Revision of Machinery of Youth Service Scheme, 1942
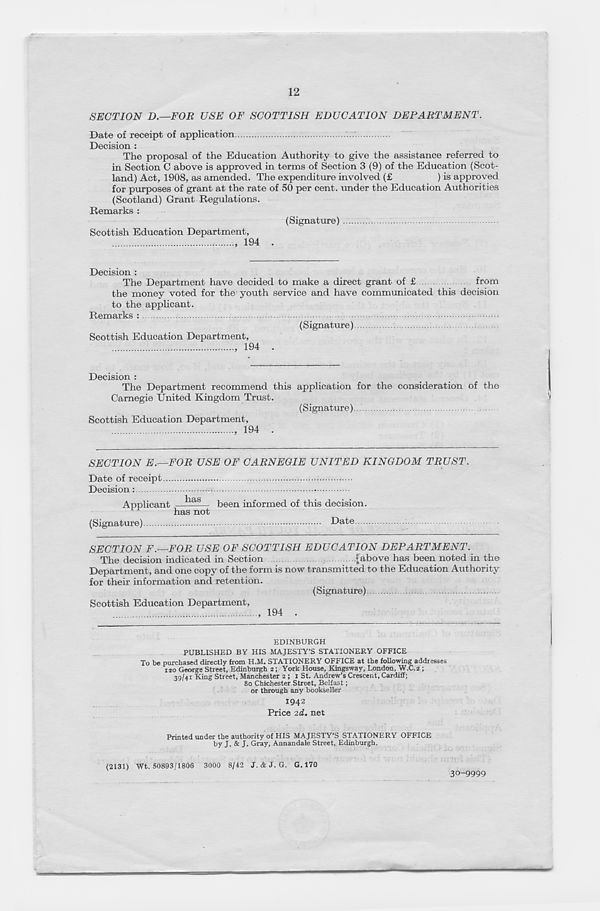
12
SECTION D.—FOR USE OF SCOTTISH EDUCATION DEPARTMENT.
Date of receipt of application
Decision :
The proposal of the Education Authority to give the assistance referred to
in Section C above is approved in terms of Section 3 (9) of the Education (Scot-
land) Act, 1908, as amended. The expenditure involved (£
) is approved
for purposes of grant at the rate of 50 per cent, under the Education Authorities
(Scotland) Grant Regulations.
Remarks :
(Signature)
Scottish Education Department,
194 .
Decision :
The Department have decided to make a direct grant of £
from
the money voted for the youth service and have communicated this decision
to the applicant.
Remarks
(Signature)
Scottish Education Department,
194 .
Decision :
The Department recommend this application for the consideration of the
Carnegie United Kingdom Trust.
(Signature)
Scottish Education Department,
194 .
SECTION E.—FOR USE OF CARNEGIE UNITED KINGDOM TRUST.
Date of receipt
Decision
Applicant —^L as
been informed of this decision,
has not
(Signature)
Date
SECTION F.—FOR USE OF SCOTTISH EDUCATION DEPARTMENT.
The decision indicated in Section
[above has been noted in the
Department, and one copy of the form is now transmitted to the Education Authority
for their information and retention.
(Signature)
Scottish Education Department,
194 .
EDINBURGH
PUBLISHED BY HIS MAJESTY’S STATIONERY OFFICE
To be purchased directly from H.M. STATIONERY OFFICE at the following addresses
120 George Street, Edinburgh 2; York House, Kingsway, London, W.C.2 ;
39/41 King Street, Manchester 2 ; 1 St. Andrew’s Crescent, Cardiff;
80 Chichester Street, Belfast;
or through any bookseller
1942
Price 2d. net
Printed under the authority of HIS MAJESTY’S STATIONERY OFFICE
by J. & J. Gray, Annandale Street, Edinburgh.
(2131) Wt. 50893/1806 3000 8/42 J. & J. G. G. 170
30-9999